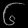
Digit: ၆